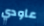
عاودي